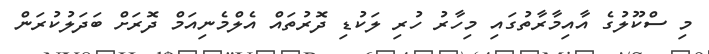
މި ސްކޫލުގެ އާއިމާރާތުގައި މިހާރު ހުރި ލަކުޑި ދޮރުތައް އެލްމެނިއަމް ދޮރަށް ބަދަލުކުރަން